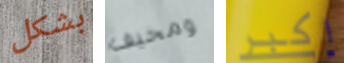
بشكل ومخيف اكبر